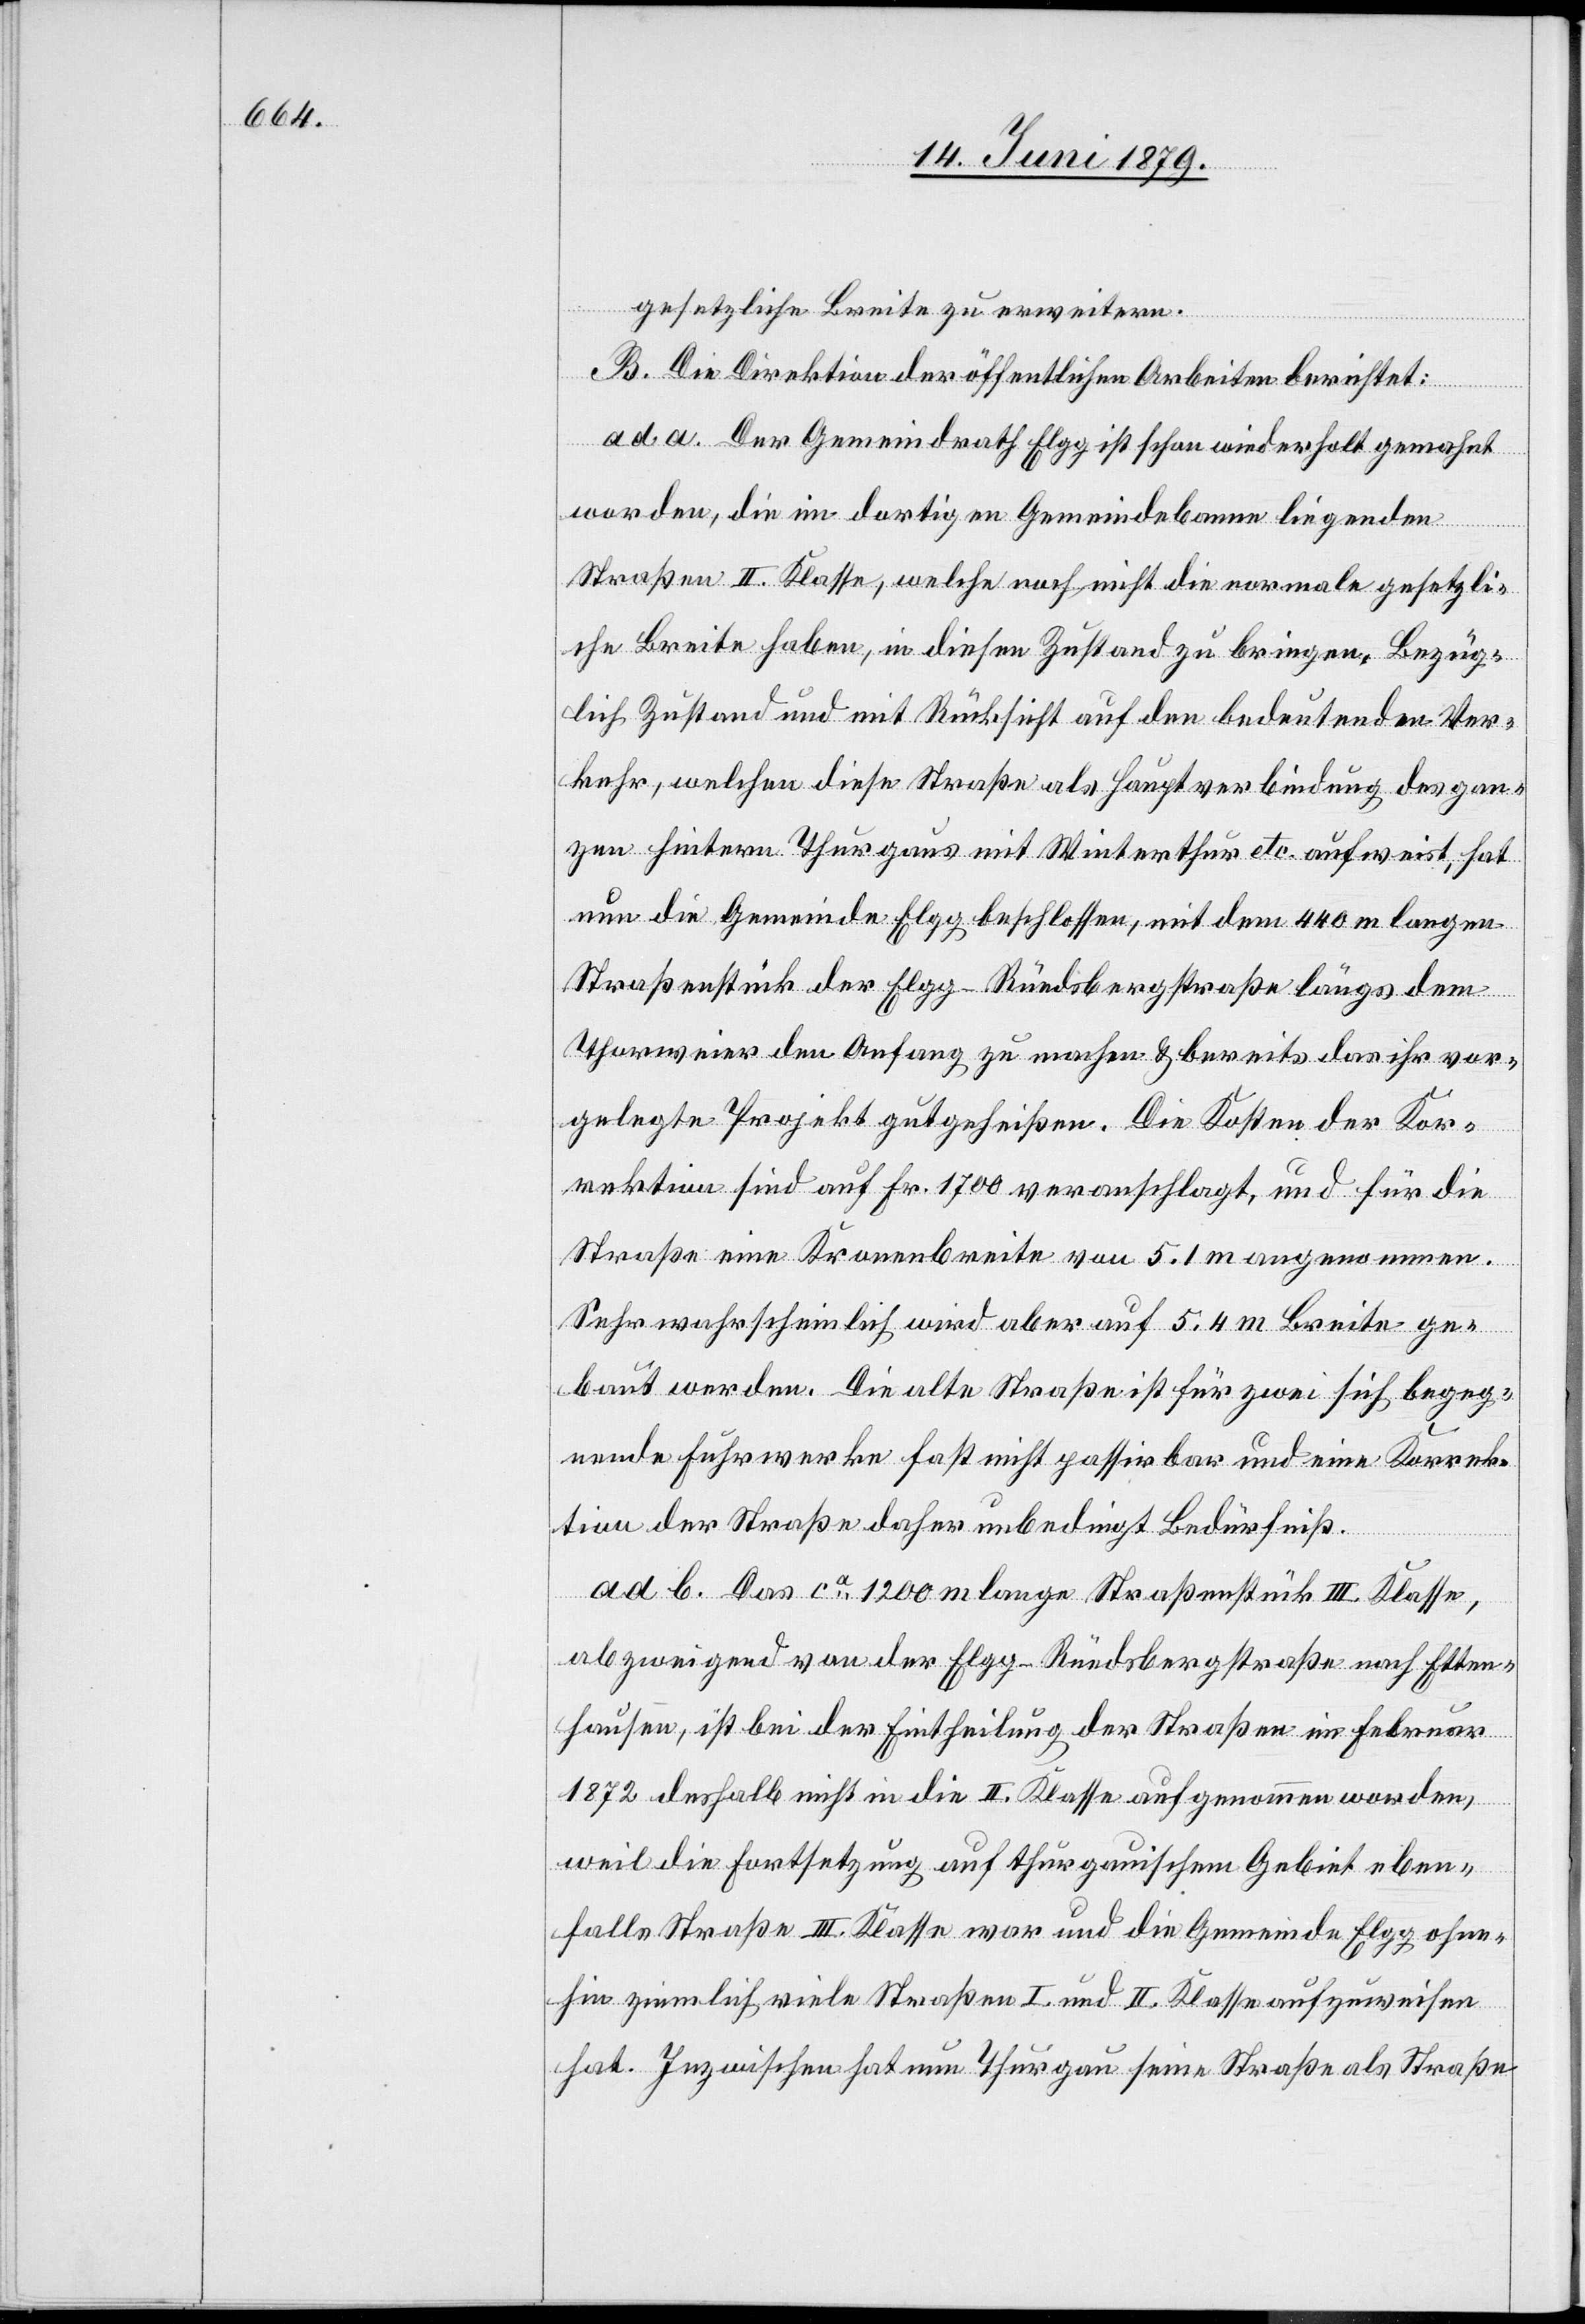
gesetzliche Breite zu erweitern.
B. Die Direktion der öffentlichen Arbeiten berichtet:
ad a. Der Gemeindrath Elgg ist schon wiederholt gemahnt
worden, die im dortigen Gemeindebanne liegenden
Straßen II. Klasse, welche noch nicht die normale gesetzli¬
che Breite haben, in diesen Zustand zu bringen. Bezüg¬
lich Zustand und mit Rücksicht auf den bedeutenden Ver¬
kehr, welchen diese Straße als Hauptverbindung des gan¬
zen hintern Thurgaus mit Winterthur etc. aufweist, hat
nun die Gemeinde Elgg beschlossen, mit dem 440 m langen
Straßenstück der Elgg–Rüedsbergstraße längs dem
Thorweier den Anfang zu machen & bereits das ihr vor¬
gelegte Projekt gutgeheißen. Die Kosten der Kor¬
rektion sind auf Fr. 1700 veranschlagt, und für die
Straße eine Kronenbreite von 5.1 m angenommen.
Sehr wahrscheinlich wird aber auf 5.4 m Breite ge¬
baut werden. Die alte Straße ist für zwei sich begeg¬
nende Fuhrwerke fast nicht passirbar und eine Korrek¬
tion der Straße daher unbedingt Bedürfniß.
ad b. Das ca 1200 m lange Straßenstück III. Klasse,
abzweigend von der Elgg–Rüedsbergstraße nach Etten¬
hausen, ist bei der Eintheilung der Straßen im Februar
1872 deshalb nicht in die II. Klasse aufgenommen worden,
weil die Fortsetzung auf thurgauischem Gebiet eben¬
falls Straße III. Klasse war und die Gemeinde Elgg ohne¬
hin ziemlich viele Straßen I. und II. Klasse aufzuweisen
hat. Inzwischen hat nun Thurgau seine Straße als Straße